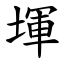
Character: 堚